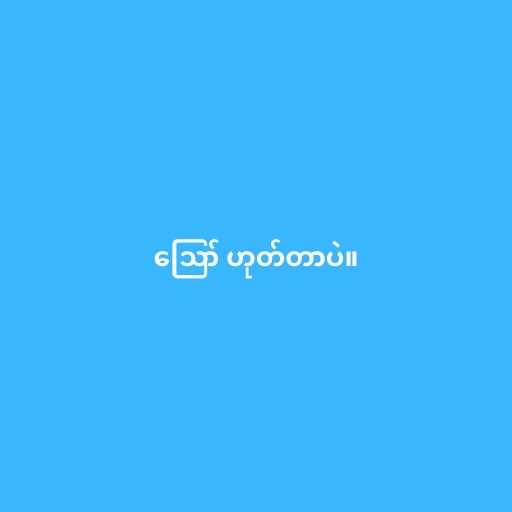
ဪ ဟုတ်တာပဲ။